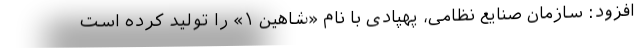
افزود: سازمان صنایع نظامی، پهپادی با نام «شاهین ۱» را تولید کرده است